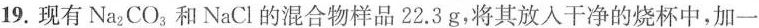
19.现有Na2CO3和NaCl的混合物样品22.3g，将其放入干净的烧杯中，加一